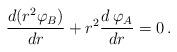
LaTeX: \begin{align*}\frac{d(r^2{\varphi}_B)}{dr}+r^2\frac{d\,\varphi_A}{dr}=0\,.\end{align*}